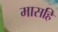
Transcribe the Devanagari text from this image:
मासहि